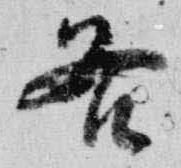
各